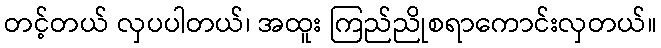
တင့်တယ် လှပပါတယ်၊ အထူး ကြည်ညိုစရာကောင်းလှတယ်။